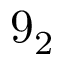
9 _ { 2 }